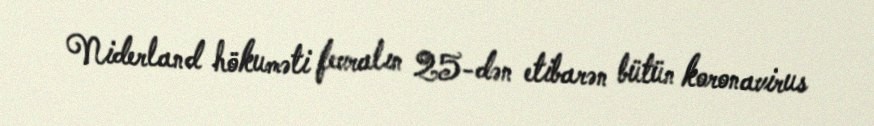
Niderland hökuməti fevralın 25-dən etibarən bütün koronavirus